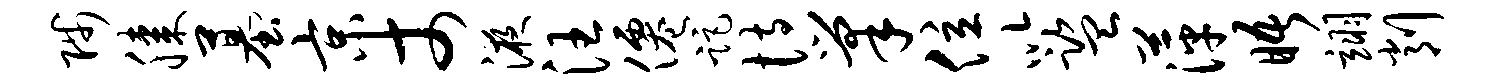
陟膝墓京丈液汪仙距恃巢位以监萍晤翊削